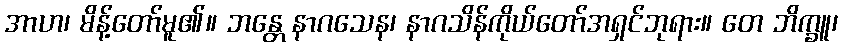
အာဟ၊ မိန့်တော်မူ၏။ ဘန္တေ နာဂသေန၊ နာဂသိန်ကိုယ်တော်အရှင်ဘုရား။ တေ ဘိက္ခူ၊